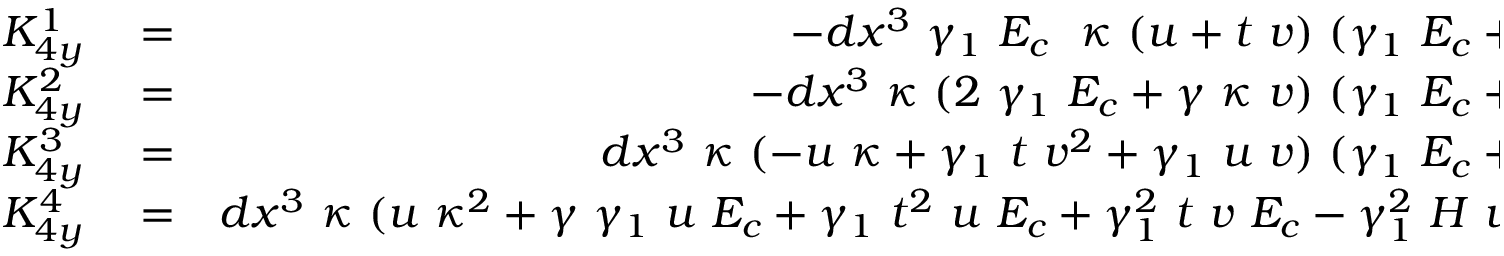
\begin{array} { r l r } { K _ { 4 y } ^ { 1 } } & { { } = } & { - d x ^ { 3 } ~ \gamma _ { 1 } ~ E _ { c } ~ ~ \kappa ~ ( u + t ~ v ) ~ ( \gamma _ { 1 } ~ E _ { c } + ( 2 - \gamma ) ~ H ) } \\ { K _ { 4 y } ^ { 2 } } & { { } = } & { - d x ^ { 3 } ~ \kappa ~ ( 2 ~ \gamma _ { 1 } ~ E _ { c } + \gamma ~ \kappa ~ v ) ~ ( \gamma _ { 1 } ~ E _ { c } + ( 2 - \gamma ) ~ H ) } \\ { K _ { 4 y } ^ { 3 } } & { { } = } & { d x ^ { 3 } ~ \kappa ~ ( - u ~ \kappa + \gamma _ { 1 } ~ t ~ v ^ { 2 } + \gamma _ { 1 } ~ u ~ v ) ~ ( \gamma _ { 1 } ~ E _ { c } + ( 2 - \gamma ) ~ H ) } \\ { K _ { 4 y } ^ { 4 } } & { { } = } & { d x ^ { 3 } ~ \kappa ~ ( u ~ \kappa ^ { 2 } + \gamma ~ \gamma _ { 1 } ~ u ~ E _ { c } + \gamma _ { 1 } ~ t ^ { 2 } ~ u ~ E _ { c } + \gamma _ { 1 } ^ { 2 } ~ t ~ v ~ E _ { c } - \gamma _ { 1 } ^ { 2 } ~ H ~ u - \gamma _ { 1 } ^ { 2 } ~ H ~ t ~ v } \end{array}